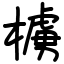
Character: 㯭